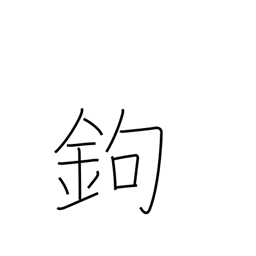
Meaning: gaff